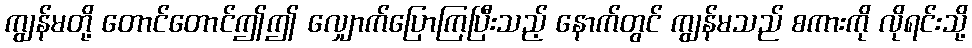
ကျွန်မတို့ တောင်တောင်ဤဤ လျှောက်ပြောကြပြီးသည့် နောက်တွင် ကျွန်မသည် စကားကို လိုရင်းသို့